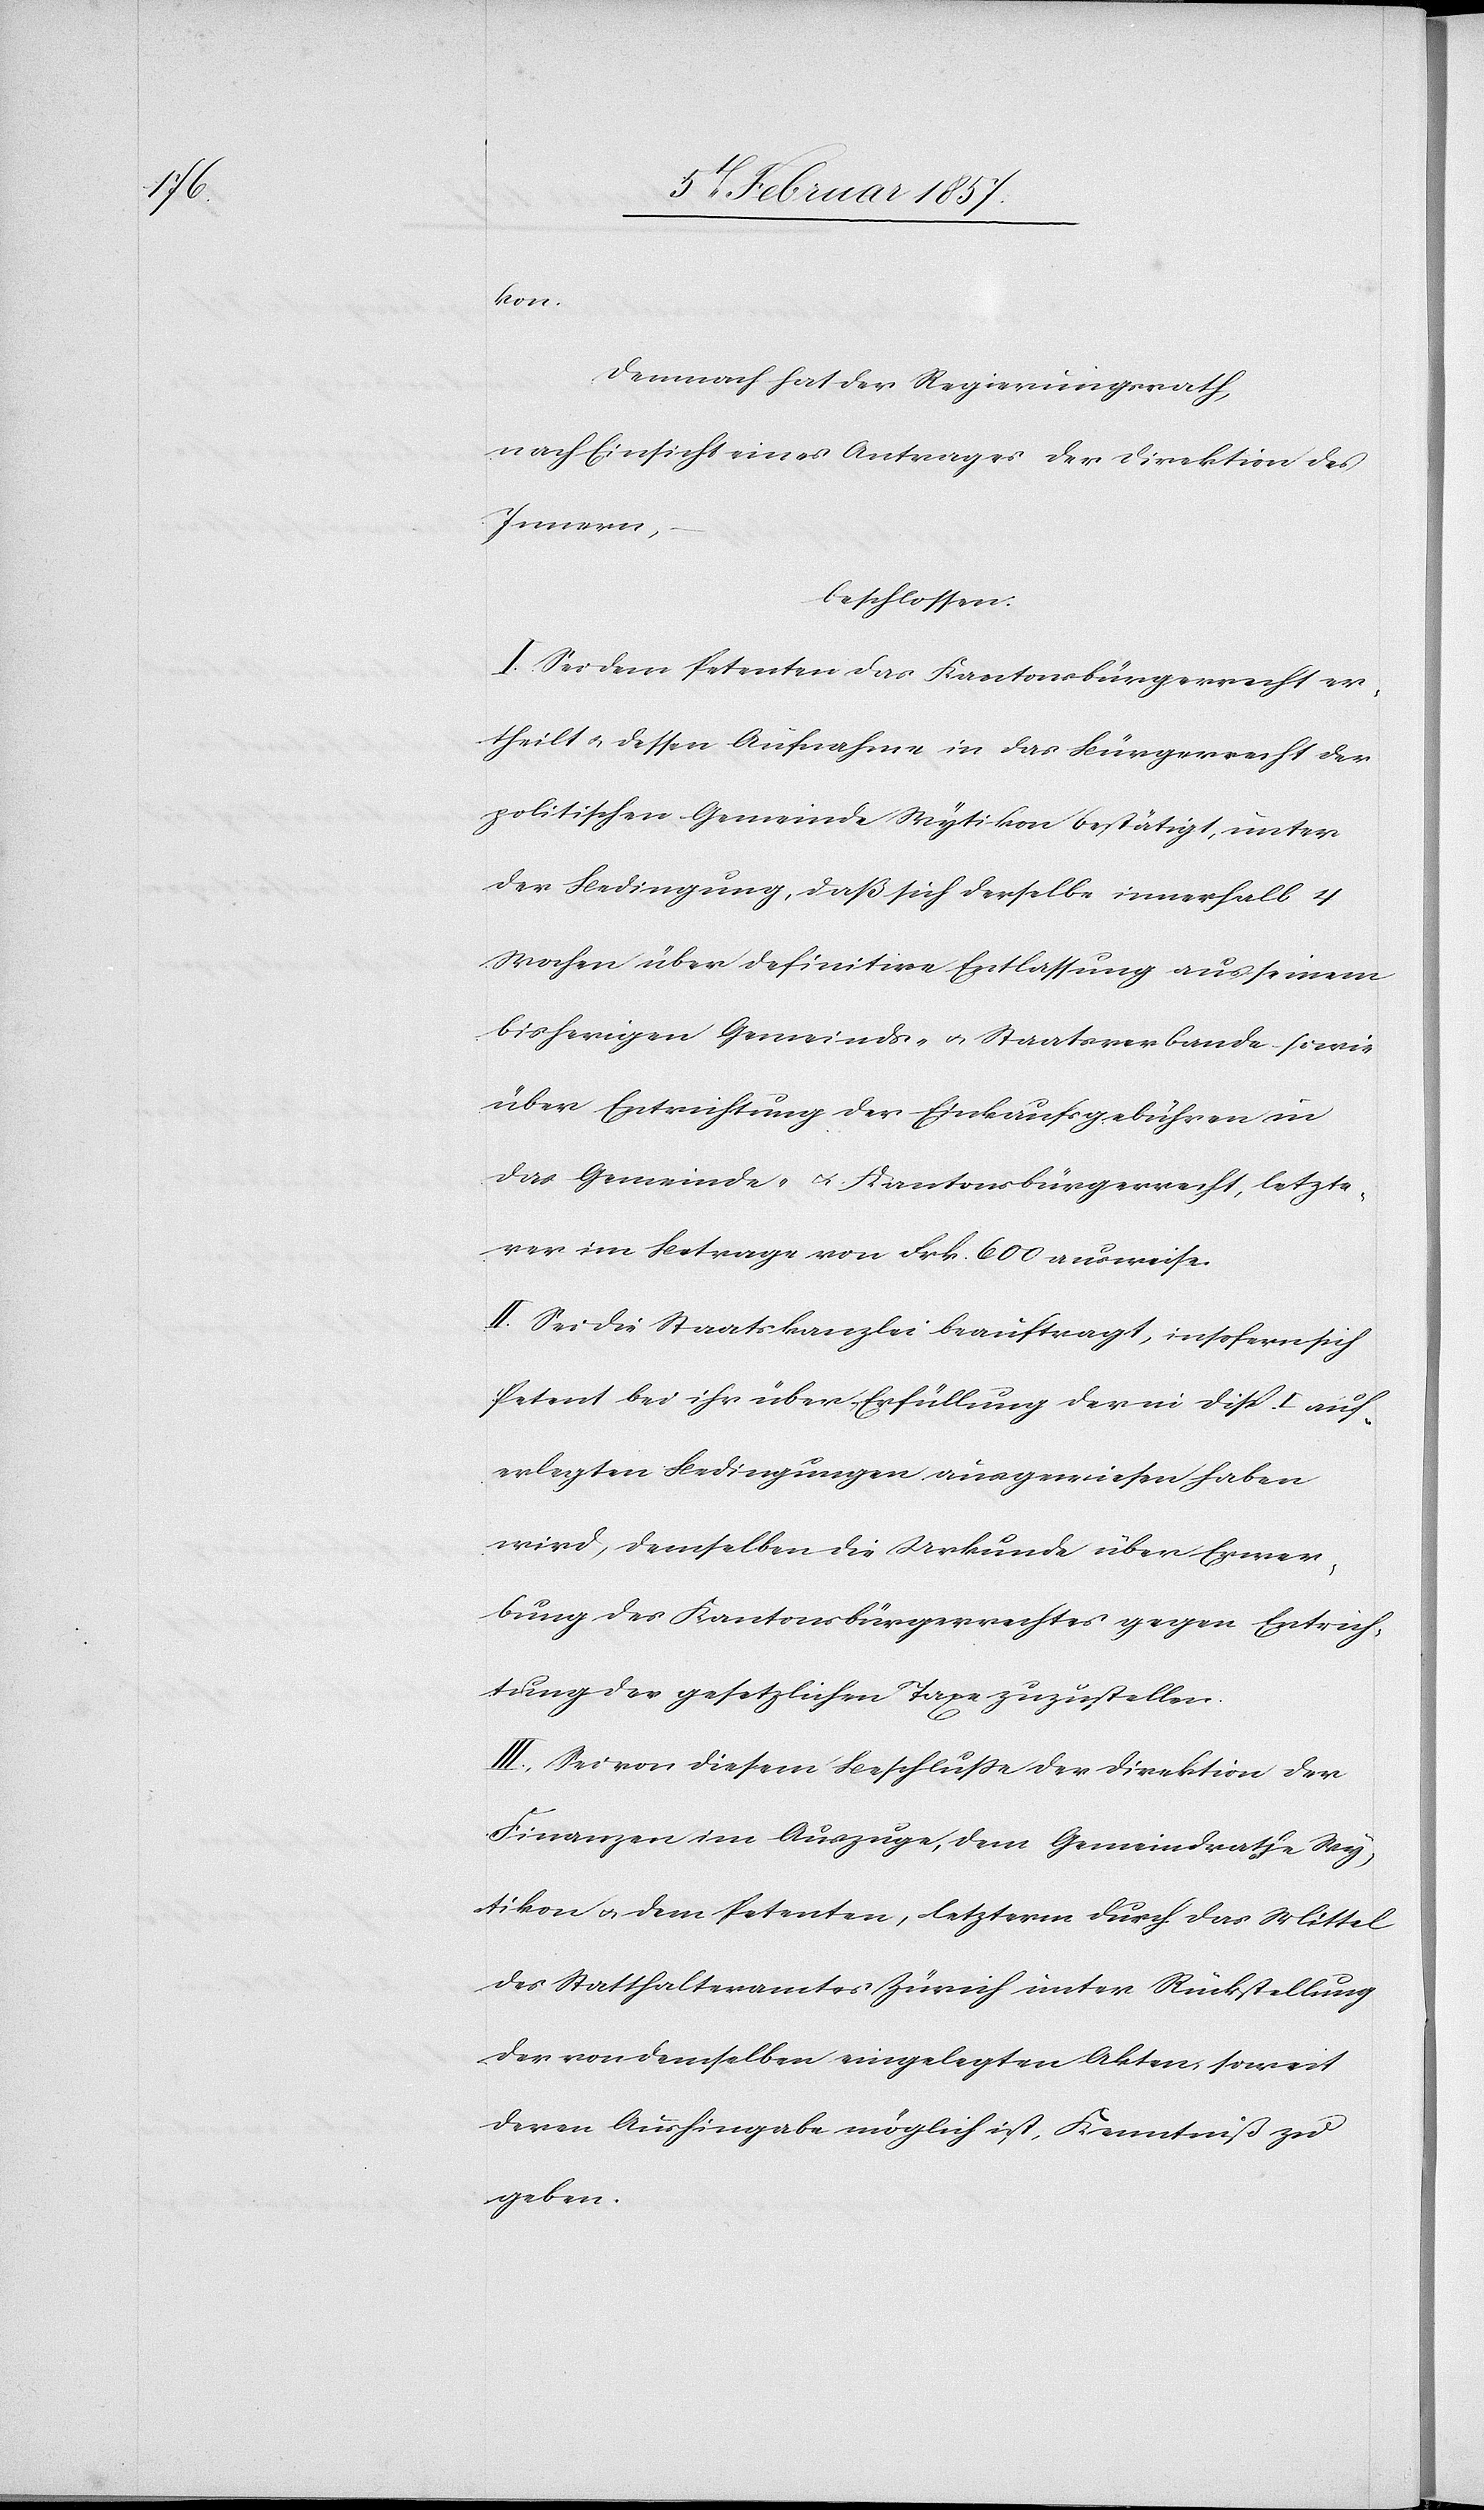
kon.
Demnach hat der Regierungsrath,
nach Einsicht eines Antrages der Direktion des
Innern,
beschlossen.
I. Sei dem Petenten das Kantonsbürgerrecht er¬
theilt & dessen Aufnahme in das Bürgerrecht der
politischen Gemeinde Wytikon bestätigt, unter
der Bedingung, daß sich derselbe innerhalb 4
Wochen über definitive Entlassung aus seinem
bisherigen Gemeinds- u. Staatsverbande sowie
über Entrichtung der Einkaufsgebühren in
das Gemeinde- & Kantonsbürgerrecht, letzte¬
rer im Betrage von Frk. 600 ausweise.
II. Sei die Staatskanzlei beauftragt, insofern sich
Petent bei ihr über Erfüllung der in disp. I auf¬
erlegten Bedingungen ausgewiesen haben
wird, demselben die Urkunde über Erwer¬
bung des Kantonsbürgerrechtes gegen Entrich¬
tung der gesetzlichen Taxe zuzustellen.
III. Sei von diesem Beschluße der Direktion der
Finanzen im Auszuge, dem Gemeindrathe Wy¬
tikon & dem Petenten, letzterm durch das Mittel
des Statthalteramtes Zürich unter Rückstellung
der von demselben eingelegten Akten, soweit
deren Aushingabe möglich ist, Kenntniß zu
geben.